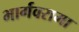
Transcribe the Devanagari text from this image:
भार्गवरामा